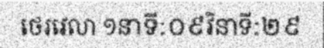
ថេរវេលា ១នាទី:០៩វិនាទី:២៩